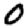
Digit: 0